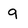
Character: 9